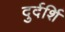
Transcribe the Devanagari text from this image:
दुर्दर्शि